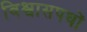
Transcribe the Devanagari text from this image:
विश्वासपथों